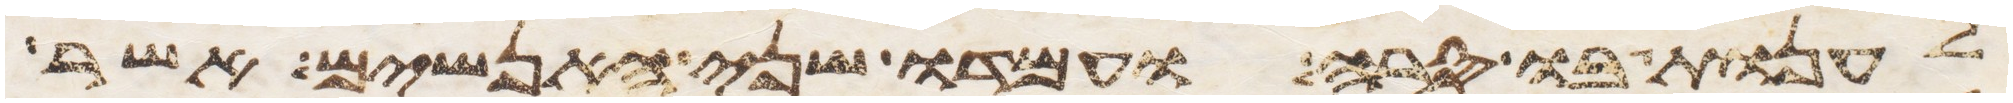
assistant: לענות בו סרה ועמדו שני האנשים אשר